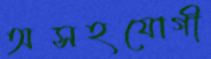
অসহযোগী